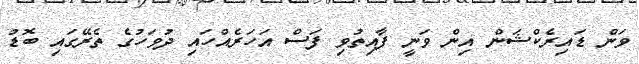
ވަން ޑައިރެކްޝަން އިން ވަނީ ފާއިތުވި ފަސް އަހަރެއްހައި ދުވަހުގެ ތެރޭގައި ބޮޑު